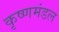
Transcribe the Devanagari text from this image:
कृष्णमंडल